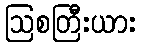
ဩစတြီးယား